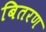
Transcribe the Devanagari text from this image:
बितरण